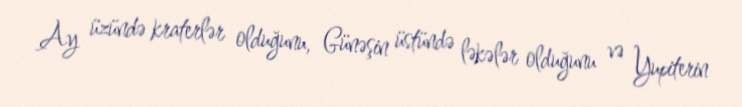
Ay üzündə kraterlər olduğunu, Günəşin üstündə ləkələr olduğunu və Yupiterin